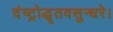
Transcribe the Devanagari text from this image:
दंष्ट्रोद्धृतवसुन्धरे।